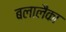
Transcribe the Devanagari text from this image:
बलालैका